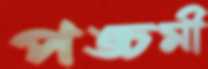
পঙ্চমী